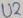
Text: U2